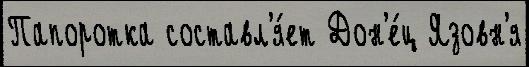
Папоротка составл'я́ет Дон'е́ц Язовн'я